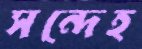
সন্দেহ